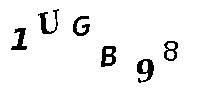
1UGB98